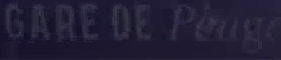
GARE DE Peuge